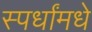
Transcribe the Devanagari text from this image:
स्पर्धांमधे